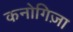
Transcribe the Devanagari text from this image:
कनोगिज़ा